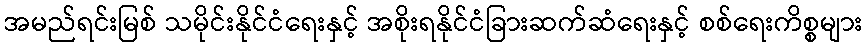
အမည်ရင်းမြစ် သမိုင်းနိုင်ငံရေးနှင့် အစိုးရနိုင်ငံခြားဆက်ဆံရေးနှင့် စစ်ရေးကိစ္စများ